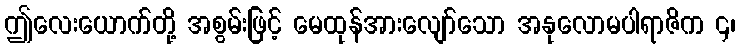
ဤလေးယောက်တို့ အစွမ်းဖြင့် မေထုန်အားလျော်သော အနုလောမပါရာဇိက ၄၊